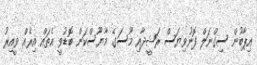
އިޕާބުން ސިގްނަލް ފޮނުވިޔަސް ރަޝީދާއި މޫސަގެ މާޔޫސްކަން ބޮޑުވީ އެތައް އިރެއް ވީއިރު